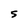
Character: 5